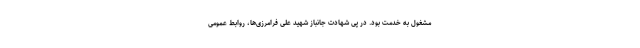
مشغول به خدمت بود. در پی شهادت جانباز شهید علی فرامرزی‌ها، روابط عمومی